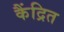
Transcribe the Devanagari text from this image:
कैंद्रित